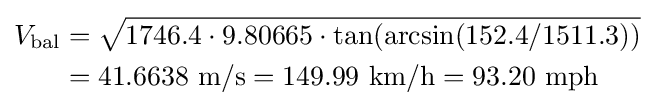
{\begin{aligned}V_{\text{bal}}&={\sqrt {1746.4\cdot 9.80665\cdot \tan(\arcsin(152.4/1511.3))}}\\&=41.6638{\text{ m/s}}=149.99{\text{ km/h}}=93.20{\text{ mph}}\end{aligned}}